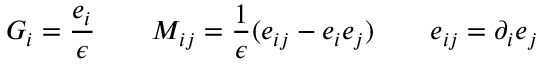
G _ { i } = \frac { e _ { i } } \epsilon \qquad M _ { i j } = \frac 1 \epsilon ( e _ { i j } - e _ { i } e _ { j } ) \qquad e _ { i j } = \partial _ { i } e _ { j }